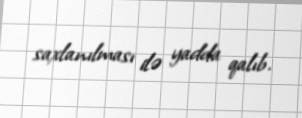
saxlanılması ilə yadda qalıb.